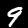
Label: 9